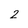
Character: 2